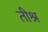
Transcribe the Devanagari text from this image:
तीश्र